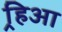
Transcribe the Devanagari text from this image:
र्‍हिआ